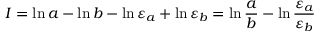
I = \ln a - \ln b - \ln { \varepsilon _ { a } } + \ln { \varepsilon _ { b } } = \ln { \frac { a } { b } } - \ln { \frac { \varepsilon _ { a } } { \varepsilon _ { b } } }